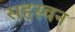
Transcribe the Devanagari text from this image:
सहस्वन